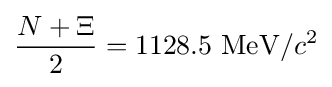
{\frac {N+\Xi }{2}}=1128.5~\mathrm {MeV} /c^{2}